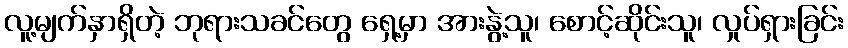
လူ့မျက်နှာရှိတဲ့ ဘုရားသခင်တွေ ရှေ့မှာ အားနွဲ့သူ၊ စောင့်ဆိုင်းသူ၊ လှုပ်ရှားခြင်း